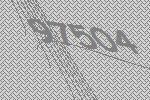
97504